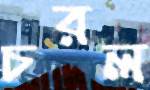
চরল